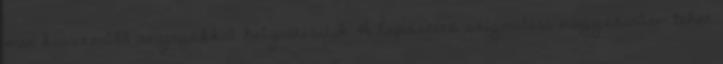
már korszerűbb anyagokkal helyettesítik. A lapostető szigetelést nagyszerűen lehet